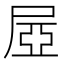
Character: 𡱻